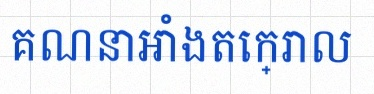
គណនាអាំងតេក្រាល